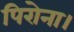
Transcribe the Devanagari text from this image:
पिरोना।